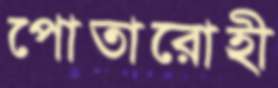
পোতারোহী